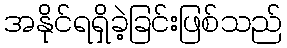
အနိုင်ရရှိခဲ့ခြင်းဖြစ်သည်